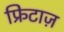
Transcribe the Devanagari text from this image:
फ्रिटाज़